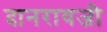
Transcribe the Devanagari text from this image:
दानरायजी